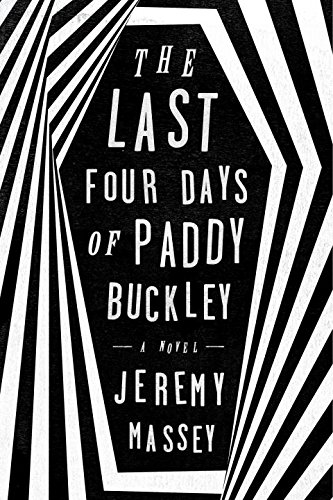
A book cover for The Last Four Days of Paddy Buckley: A Novel; Jeremy Massey; Humor & Entertainment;